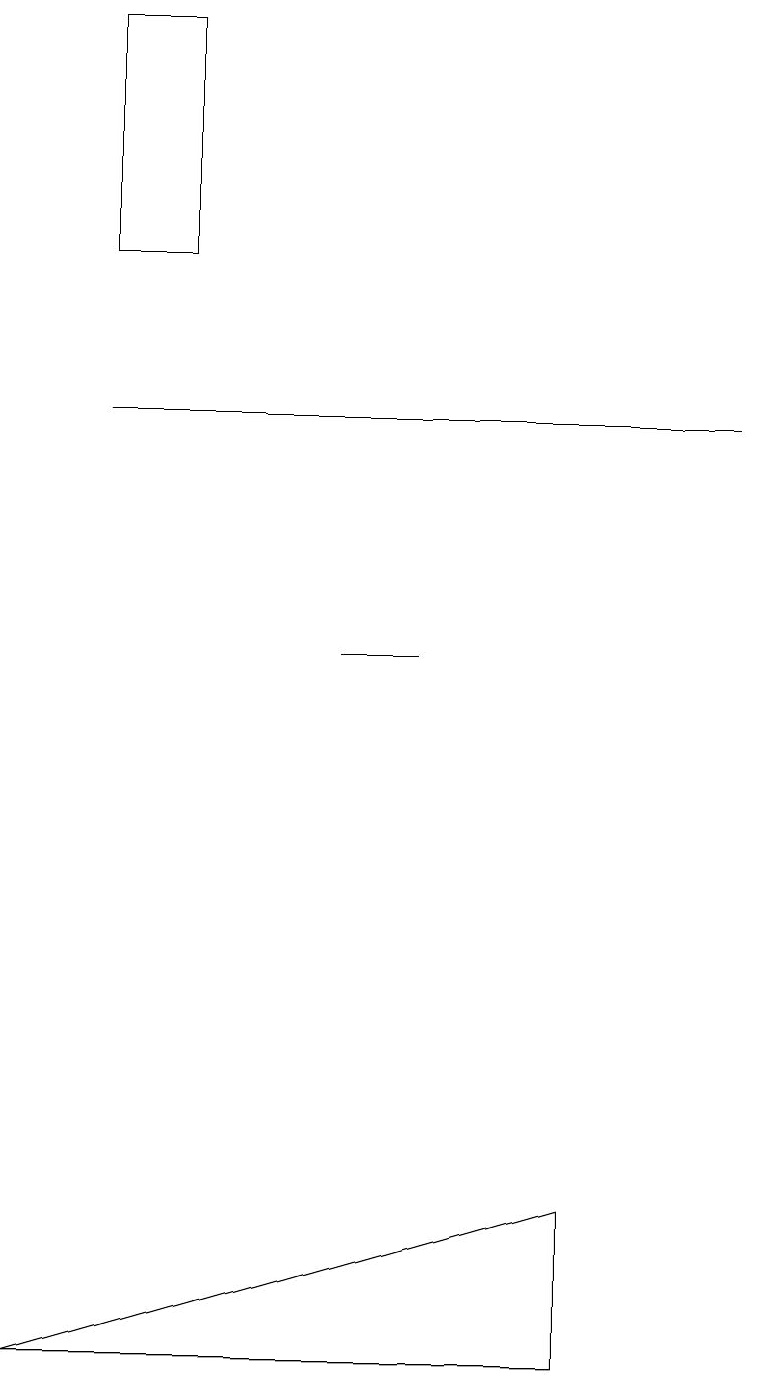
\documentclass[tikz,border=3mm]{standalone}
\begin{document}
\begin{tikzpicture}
\draw (1,16) rectangle (2,19);
\draw (5,11) rectangle (4,11);
\draw (1,14) rectangle (9,14);
\draw (7,2) -- (7,4) -- (0,2) -- cycle;
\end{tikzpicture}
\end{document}